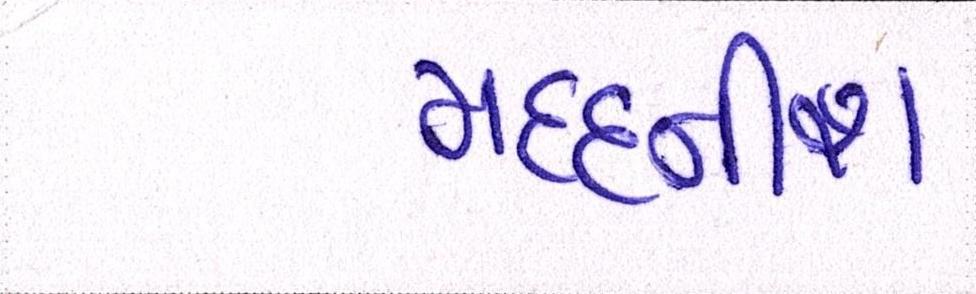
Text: મદદનીશ